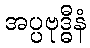
အပ္ပဗုဒ္ဓီနံ